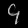
Digit: ၄